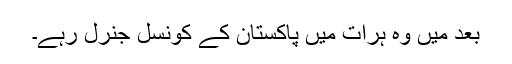
بعد میں وہ ہرات میں پاکستان کے کونسل جنرل رہے۔